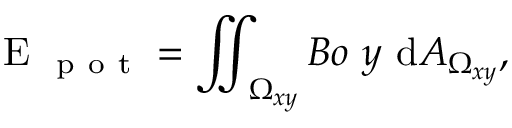
\mathrm { ~ E ~ } _ { \mathrm { ~ p ~ o ~ t ~ } } = \iint _ { \Omega _ { x y } } B o \ y \ \mathrm { d } A _ { \Omega _ { x y } } ,